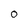
Character: 0